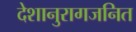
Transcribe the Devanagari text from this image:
देशानुरागजनित